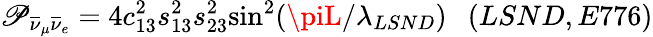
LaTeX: \mathscr{P}_{\overline{{{{\nu}}}}_{\mu}\overline{{{{\nu}}}}_{e}}=4c_{13}^{2}s_{13}^{2}s_{23}^{2}{\sin^{2}}({\piL/\lambda_{LSND}})~~~(LSND,E776)